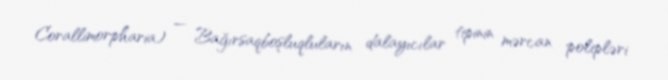
Corallimorpharia) — Bağırsaqboşluqluların dalayıcılar tipinin mərcan polipləri